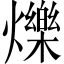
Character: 爍